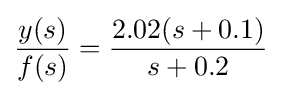
{\frac {y(s)}{f(s)}}={\frac {2.02(s+0.1)}{s+0.2}}